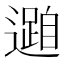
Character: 𮟓